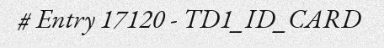
# Entry 17120 - TD1_ID_CARD